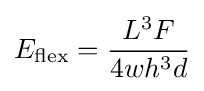
E_{\mathrm {flex} }={\frac {L^{3}F}{4wh^{3}d}}